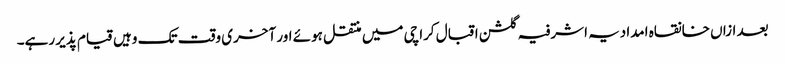
بعد ازاں خانقاہ امدادیہ اشرفیہ گلشن اقبال کراچی میں منتقل ہوئے اور آخری وقت تک وہیں قیام پذیر رہے۔